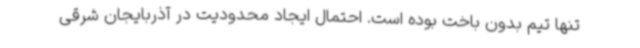
تنها تیم بدون باخت بوده است. احتمال ایجاد محدودیت در آذربایجان شرقی